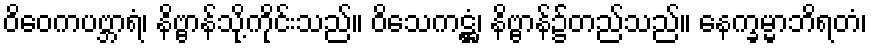
ဝိဝေကပဗ္ဘာရံ၊ နိဗ္ဗာန်သို့ကိုင်းသည်။ ဝိသေကဋ္ဌံ၊ နိဗ္ဗာန်၌တည်သည်။ နေက္ခမ္မာဘိရတံ၊